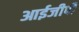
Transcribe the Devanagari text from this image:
आईजीपी